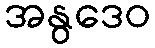
အနွဒေဝ